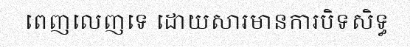
ពេញលេញទេ ដោយសារមានការបិទសិទ្ធ